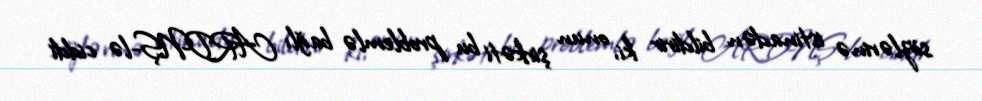
sözlərinə istinadən bildirir ki, onun şirkəti bu problemlə bağlı ARDNŞ-lə ciddi